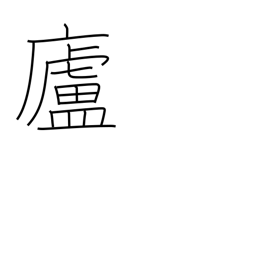
Meaning: hermitage